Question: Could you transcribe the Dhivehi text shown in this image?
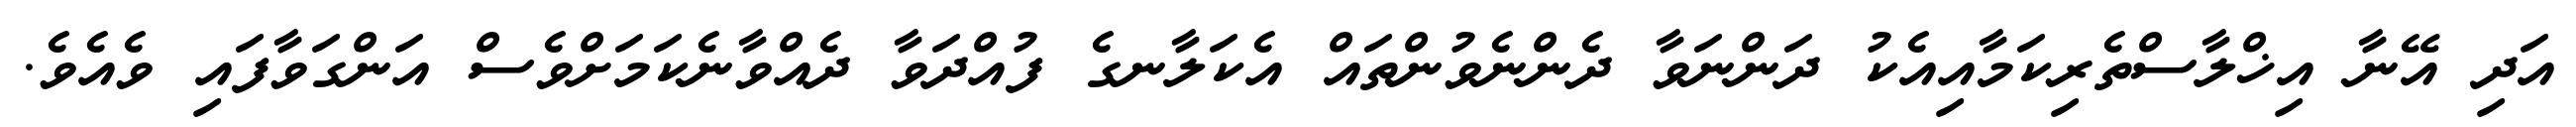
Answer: އަދި އޭނާ އިޚްލާސްތެރިކަމާއިއެކު ދަންނަވާ ދެންނެވުންތައް އެކަލާނގެ ފުއްދަވާ ދެއްވާނެކަމަށްވެސް އަންގަވާފައި ވެއެވެ.